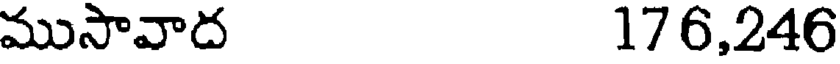
ముసావాద 176,246